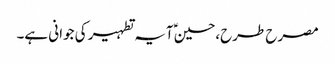
مصرح طرح،حسینؑ آیہ تطہیر کی جوانی ہے۔